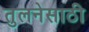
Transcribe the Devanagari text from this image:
तुलनेसाठी